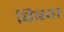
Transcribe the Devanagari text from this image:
बिबवा